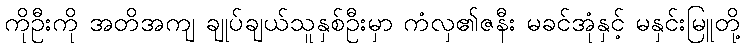
ကိုဦးကို အတိအကျ ချုပ်ချယ်သူနှစ်ဦးမှာ ကံလှ၏ဇနီး မခင်အုံနှင့် မနှင်းမြူတို့